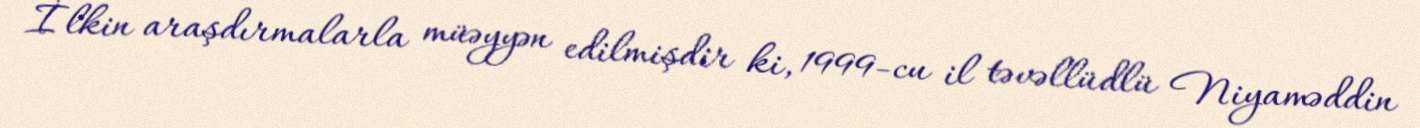
İlkin araşdırmalarla müəyyən edilmişdir ki, 1999-cu il təvəllüdlü Niyaməddin